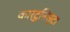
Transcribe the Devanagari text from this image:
कार्टूनिस्ट।